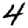
Digit: 4